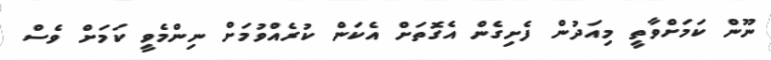
ނޫން ކަމަށްވާތީ މިއަދުން ފެށިގެން އެގޮތަށް އެކަން ކުރެއްވުމަށް ނިންމެވީ ކަމަށް ވެސް